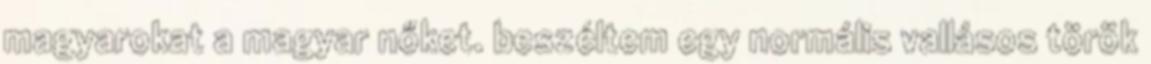
magyarokat a magyar nőket. beszéltem egy normális vallásos török